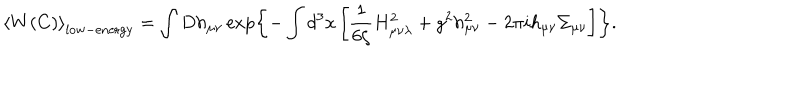
\left< W ( C ) \right> _ { \mathrm { l o w - e n e r g y } } = \int D h _ { \mu \nu } \exp \left\{ - \int d ^ { 3 } x \left[ \frac { 1 } { 6 \zeta } H _ { \mu \nu \lambda } ^ { 2 } + g ^ { 2 } h _ { \mu \nu } ^ { 2 } - 2 \pi i h _ { \mu \nu } \Sigma _ { \mu \nu } \right] \right\} .